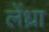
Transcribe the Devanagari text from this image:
लेंध्रा